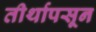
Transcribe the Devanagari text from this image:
तीर्थापसून